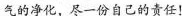
气的净化，尽一份自己的责任！